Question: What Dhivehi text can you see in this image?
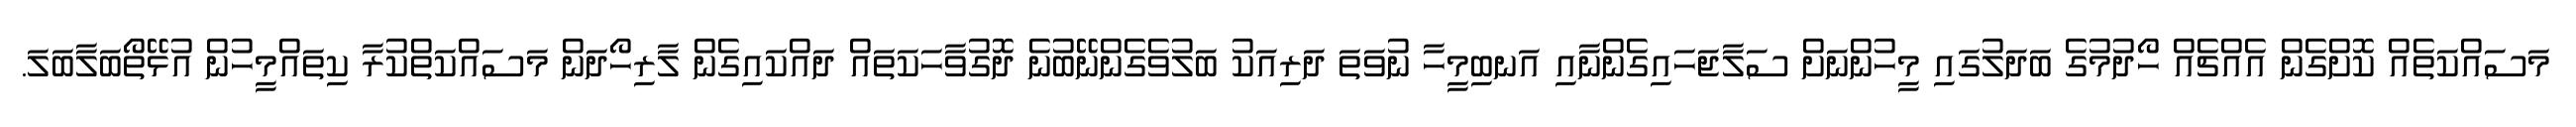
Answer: މަސައްކަތެއް ކޮށްގެން އެއްޗެއް ހޯދުމުގެ ބަދަލުގައި މީހުންނަށް ސަލާޖަހައިގެންނާއި އަނބިމީހާ ނުވަތަ ދަރިއަކު ބަލުވެގެންނޭބުނެ ދޮގުވާހަކަތައް ދައްކައިގެން ލާރިހޯދަން މަސައްކަތްކުރާ ކިތައްމީހުން އުޅޭތޯބަލާބަލަ.